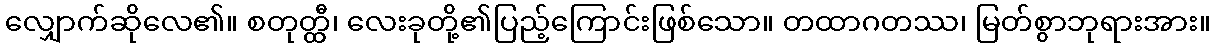
လျှောက်ဆိုလေ၏။ စတုတ္ထီ၊ လေးခုတို့၏ပြည့်ကြောင်းဖြစ်သော။ တထာဂတဿ၊ မြတ်စွာဘုရားအား။